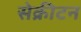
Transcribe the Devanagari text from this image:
सेक्रीटन